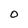
Character: 0